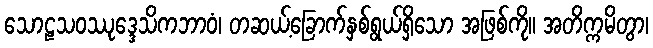
သောဠသဝဿုဒ္ဒေသိကဘာဝံ၊ တဆယ့်ခြောက်နှစ်ရွယ်ရှိသော အဖြစ်ကို။ အတိက္ကမိတွာ၊